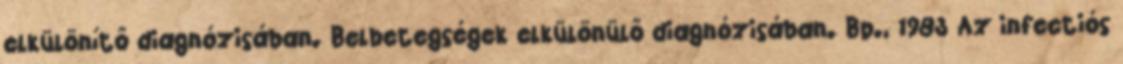
elkülönítő diagnózisában. Belbetegségek elkülönülő diagnózisában. Bp., 1983 Az infectiós